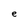
Character: e